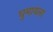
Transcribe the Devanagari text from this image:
घुमायला